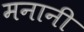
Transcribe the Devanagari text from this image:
मनानी